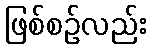
ဖြစ်စဉ်လည်း